Code of medical and sanitary regulations for the guidance of medical officers serving in the Madras Presidency - Volume II
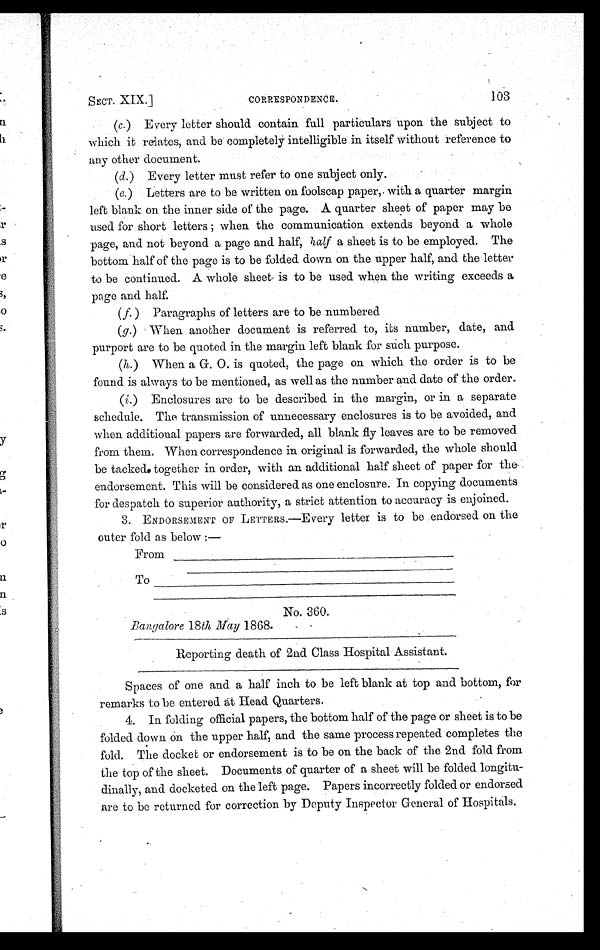
SECT. XIX.]
CORRESPONDENCE.
103
(c.) Every letter should contain full particulars upon the subject to
which it relates, and be completely intelligible in itself without reference to
any other document.
(d.) Every letter must refer to one subject only.
(e.) Letters are to be written on foolscap paper, with a quarter margin
left blank on the inner side of the page. A quarter sheet of paper may be
used for short letters ; when the communication extends beyond a whole
page, and not beyond a page and half, hal
f
a sheet is to be employed. The
bottom half of the page is to be folded down on the upper half, and the letter
to be continued. A whole sheet is to be used when the writing exceeds a
page and half.
(f.) Paragraphs of letters are to be numbered
(g.) When another document is referred to, its number, date, and
purport are to be quoted in the margin left blank for such purpose.
(h.) When a G. O. is quoted, the page on which the order is to be
found is always to be mentioned, as well as the number and date of the order.
(i.) Enclosures are to be described in the margin, or in a separate
schedule. The transmission of unnecessary enclosures is to be avoided, and
when additional papers are forwarded, all blank fly leaves are to be removed
from them. When correspondence in original is forwarded, the whole should
be tacked together in order, with an additional half sheet of paper for the
endorsement. This will be considered as one enclosure. In copying documents
for despatch to superior authority, a strict attention to accuracy is enjoined.
3. ENDORSEMENT OF LETTERS.—Every letter is to be endorsed on the
outer fold as below :—
From—————————————————— ————————————————————
To——————————————————— ————————————————————
No. 360.
Bangalore 18 May 1868.
————————————————————
Reporting death of 2nd Class Hospital Assistant.
————————————————————
Spaces of one and a half inch to be left blank at top and bottom, for
remarks to be entered at Head Quarters.
4. In folding official papers, the bottom half of the page or sheet is to be
folded down On the upper half, and the same process repeated completes the
fold. The docket or endorsement is to be on the back of the 2nd fold from
the top of the sheet. Documents of quarter of a sheet will be folded longitu-
dinally, and docketed on the left page. Papers incorrectly folded or endorsed
are to be returned for correction by Deputy Inspector General of Hospitals.